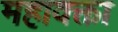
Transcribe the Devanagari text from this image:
महावक्ता